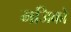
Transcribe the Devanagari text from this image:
मजिको